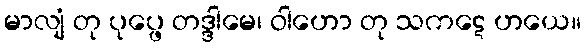
မာလျံ တု ပုပ္ဖေ တဒ္ဒါမေ၊ ဝါဟော တု သကဋေ ဟယေ။